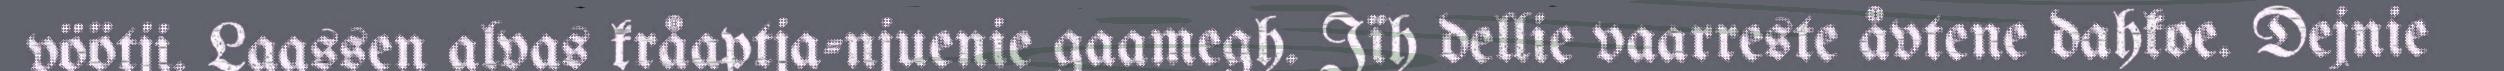
vöötji. Laassen alvas kråaptja-njuenie gaamegh. Jïh dellie vaarreste åvtene dahkoe. Dejnie